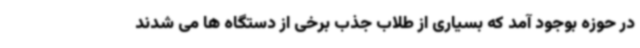
در حوزه بوجود آمد که بسیاری از طلاب جذب برخی از دستگاه ها می شدند